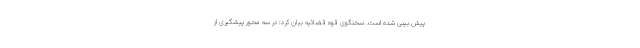
پیش بینی شده است. سخنگوی قوه قضائیه بیان کرد: در سه محور پیشگیری از